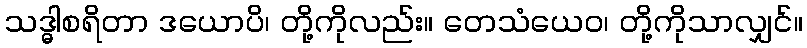
သဒ္ဓါစရိတာ ဒယောပိ၊ တို့ကိုလည်း။ တေသံယေဝ၊ တို့ကိုသာလျှင်။